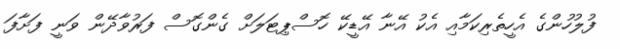
ފުލުހުންގެ އެހީތެރިކަމާއި އެކު އޭނާ އޭޑީކޭ ހޮސްޕިޓަލަށް ގެންގޮސް ފަރުވާދޭން ވަނީ ފަށާފަ